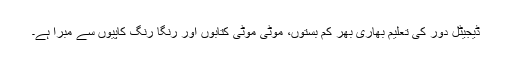
ڈیجیٹل دور کی تعلیم بھاری بھر کم بستوں، موٹی موٹی کتابوں اور رنگا رنگ کاپیوں سے مبرا ہے۔